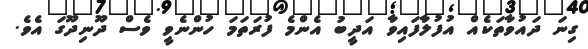
ގިނަ ދައުވާތަކެއް އުފުލާފައިވާ އަދީބު އެންމެ ފުރަތަމަ ހުންނެވީ ވެސް ދޫނިދޫގަ އެވެ.